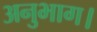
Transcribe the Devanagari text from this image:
अनुभाग।